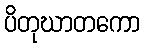
ပိတုဃာတကော